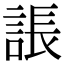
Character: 䛫